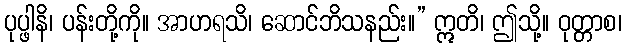
ပုပ္ဖါနိ၊ ပန်းတို့ကို။ အာဟရသိ၊ ဆောင်ဘိသနည်း။” ဣတိ၊ ဤသို့။ ဝုတ္တာစ၊